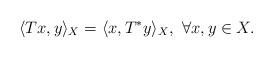
LaTeX: \begin{align*}\langle Tx, y \rangle_X = \langle x, T^*y \rangle_X, \ \forall x, y\in X.\end{align*}